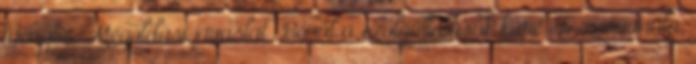
igénybe. Megoldási javaslat ▪Bővül a szolgáltatások köre és színvonala,